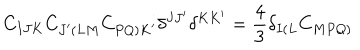
C _ { I J K } C _ { J ^ { \prime } \left( L M \right. } C _ { \left. P Q \right) K ^ { \prime } } \delta ^ { J J ^ { \prime } } \delta ^ { K K ^ { \prime } } = \frac { 4 } { 3 } \delta _ { I \left( L \right. } C _ { \left. M P Q \right) }